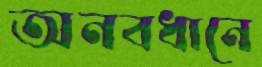
অনবধানে